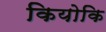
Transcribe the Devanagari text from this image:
कियोकि